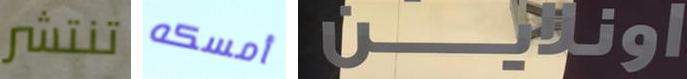
تنتشر أمسكه اونلاين